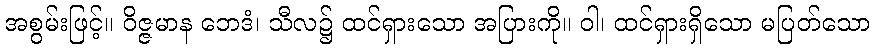
အစွမ်းဖြင့်။ ဝိဇ္ဇမာန ဘေဒံ၊ သီလ၌ ထင်ရှားသော အပြားကို။ ဝါ၊ ထင်ရှားရှိသော မပြတ်သော